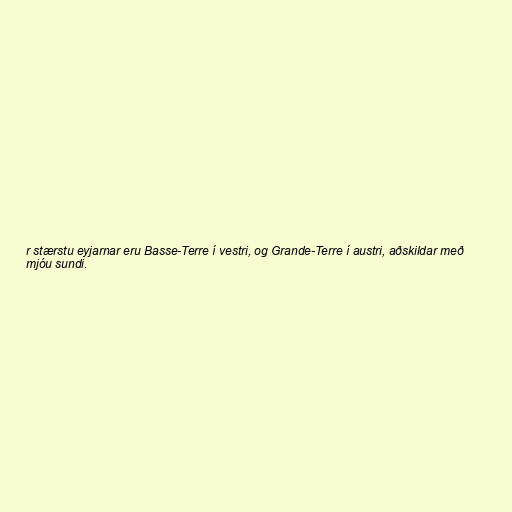
r stærstu eyjarnar eru Basse-Terre í vestri, og Grande-Terre í austri, aðskildar með
mjóu sundi.